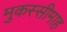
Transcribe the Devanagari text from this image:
मुकस्सीमाह